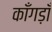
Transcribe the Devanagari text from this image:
काँगड़ाँ